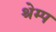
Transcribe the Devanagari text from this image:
श्रेम्प